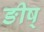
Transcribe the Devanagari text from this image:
ङीष्